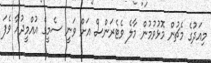
މިއަދުގެ މެޗުން މޮޅުވުމުން މާލެ ވެޓެރަންސް އަށް ވަނީ ސެމީގެ އުއްމީދުއާ ވެފަ